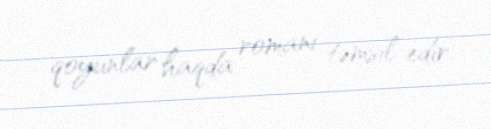
qoyunlar haqda romanı təmsil edir.